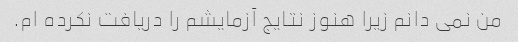
من نمی دانم زیرا هنوز نتایج آزمایشم را دریافت نکرده ام.